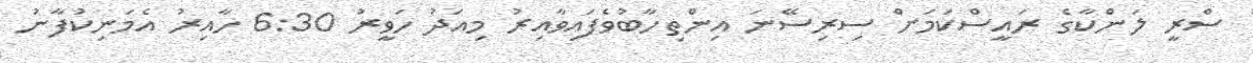
ސްރީ ލަންކާގެ ރައީސްކަމަށް ސިރިސޭނަ އިންތިހާބުވެފައިވާއިރު މިއަދު ހަވީރު 6:30 ހާއިރު އެމަނިކުފާނު